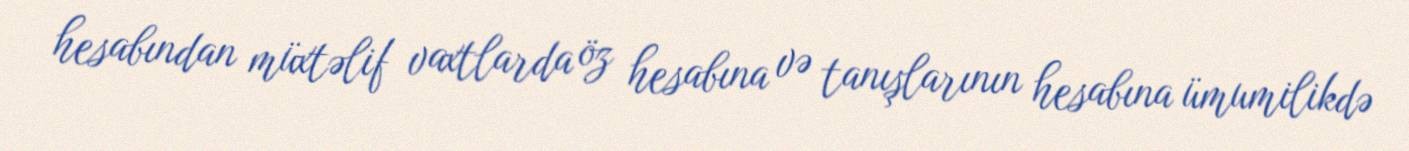
hesabından müxtəlif vaxtlarda öz hesabına və tanışlarının hesabına ümumilikdə